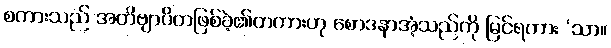
စကားသည် အတိဗျာပိတဖြစ်ခဲ့၏တကားဟု စောဒနာအံ့သည်ကို မြင်ရကား ‘သာ။